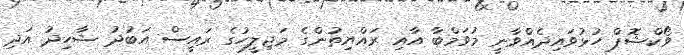
ވޯކްޝޮޕް ހުޅުވައިދެއްވާނީ މުވަމްބާ އާއި ރައްޔިތުންގެ މަޖިލީހުގެ ރައީސް އަބުދު ޝާހިދު އަދި